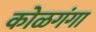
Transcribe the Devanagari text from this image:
कोळगंगा